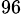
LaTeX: _{96}